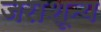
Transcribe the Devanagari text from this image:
जराशून्य